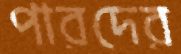
পারদের